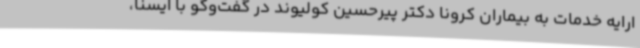
ارایه خدمات به بیماران کرونا دکتر پیرحسین کولیوند در گفت‌وگو با ایسنا،